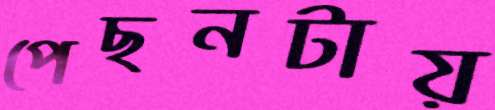
পেছনটায়